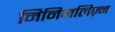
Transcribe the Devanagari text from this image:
मिनिमलिज़्म